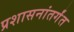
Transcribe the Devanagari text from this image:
प्रशासनांतर्गंत